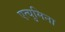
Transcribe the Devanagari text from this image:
एत्‍युमिना